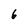
Character: 6